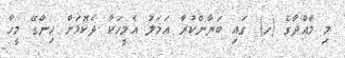
މި މާއްދާގެ (ހ) ގައި ބަޔާންކުރާ ޢަމަލު އެމީހަކާ ދެކޮޅަށް ހިންގޭ މީހާ